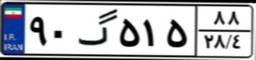
۴۹گ۳۵۲۲۷